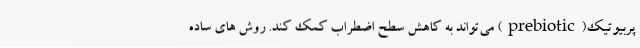
پربیوتیک(prebiotic) می‌تواند به کاهش سطح اضطراب کمک کند. روش های ساده